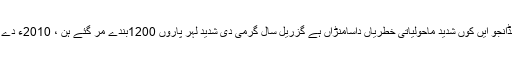
وفاقی وزیر آکھیا جو دنیا اچ کاربن دے مجموعی اخراج اچ پاکستان دا حصہ نہ ہونڑ دے برابر ہے جڈانجو ایں کوں شدید ماحولیاتی خطریاں داسامنڑاں ہے گزریل سال گرمی دی شدید لہر پاروں 1200بندے مر گئے ہن ، 2010ء دے سیلاب پاروں اساڈا شدید جانی اتے مالی ذیا ن تھئے ، اساکوں پانڑیں دی کھٹکی دا وی سامنڑاں ہے ۔